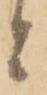
と